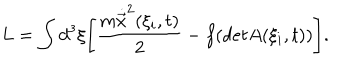
L = \int d ^ { 3 } \xi \Biggl [ \frac { m \dot { \vec { x } } ^ { 2 } ( \xi _ { i } , t ) } { 2 } - f ( d e t A ( \xi _ { i } , t ) ) \Biggr ] .